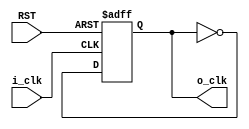
module CLK_DIV(input i_clk,
input RST,
output o_clk);
reg Q;
wire D;
always @(posedge i_clk or negedge RST)
 if(!RST)
  begin
	Q<=1'b0;
  end
  else
   begin
	Q<=D;
   end
assign D = ~Q;
assign o_clk = Q;
endmodule